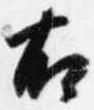
右